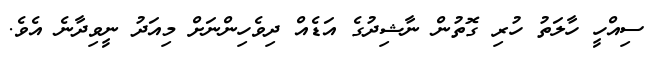
ސިއްހީ ހާލަތު ހުރި ގޮތުން ނާޝިދުގެ އަޑެއް ދިވެހިންނަށް މިއަދު ނީވިދާނެ އެވެ.